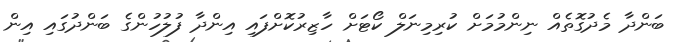
ބަންދާ މެދުގޮތެއް ނިންމުމަށް ކުރިމިނަލް ކޯޓަށް ހާޒިރުކޮށްފައި އިންދާ ފުލުހުންގެ ބަންދުގައި އިން